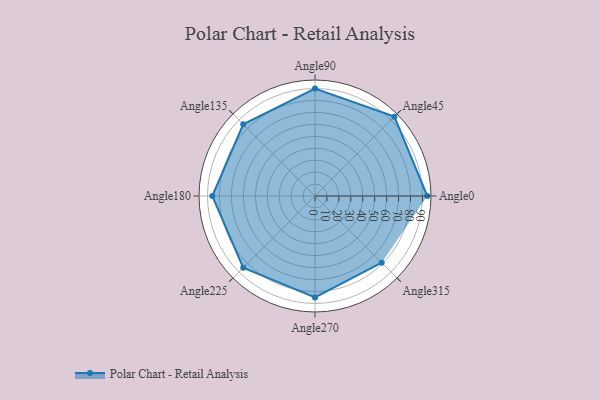
{"axis": {"x": "Angle", "y": "Radius"}, "legend": [""], "data": [{"x": "Angle0", "y": 94.0, "type": ""}, {"x": "Angle45", "y": 94.0, "type": ""}, {"x": "Angle90", "y": 90.0, "type": ""}, {"x": "Angle135", "y": 85.0, "type": ""}, {"x": "Angle180", "y": 86.0, "type": ""}, {"x": "Angle225", "y": 85.0, "type": ""}, {"x": "Angle270", "y": 85.0, "type": ""}, {"x": "Angle315", "y": 79.0, "type": ""}]}